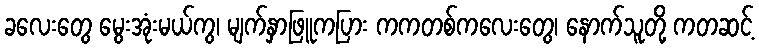
ခလေးတွေ မွေးအုံးမယ်ကွ၊ မျက်နှာဖြူကပြား ကကတစ်ကလေးတွေ၊ နောက်သူတို့ ကတဆင့်